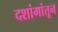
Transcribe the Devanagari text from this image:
दशांगांतून